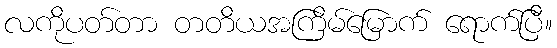
လကိုပတ်တာ တတိယအကြိမ်မြောက် ရောက်ပြီ။